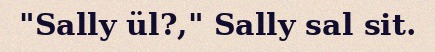
"Sally ül?," Sally sal sit.